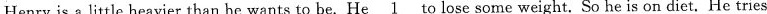
Henry is a little heavier than he wants to be. He \underline{1} to lose some weight. So he is on diet. He tries